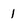
Character: 1